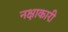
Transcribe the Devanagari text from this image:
नक्षाकारी